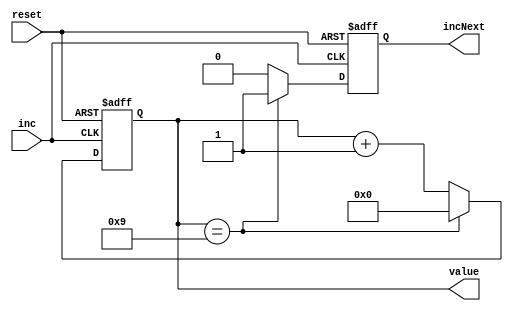
`timescale 1ns / 1ps

module baseTenIncrementer(inc, reset, incNext, value);
    input inc, reset;
    output reg incNext;
    output reg [3:0] value = 0;
    
    always @(posedge inc, posedge reset) begin
        incNext = 0;
        if (reset)
            value = 0;
        else begin
            if (value == 9) begin
                value = 0;
                incNext = 1;
            end
            else begin
                value = value + 1;
            end
        end
    end
endmodule

module baseSixIncrementer(inc, reset, incNext, value);
    input inc, reset;
    output reg incNext;
    output reg [3:0] value = 0;
    
    always @(posedge inc, posedge reset) begin
        incNext = 0;
        if (reset)
            value = 0;
        else begin
            if (value == 5) begin
                value = 0;
                incNext = 1;
            end
            else begin
                value = value + 1;
            end
        end
    end
endmodule

module baseThreeIncrementer(inc, reset, incNext, value);
    input inc, reset;
    output reg incNext;
    output reg [3:0] value = 0;
    
    always @(posedge inc, posedge reset) begin
        incNext = 0;
        if (reset)
            value = 0;
        else begin
            if (value == 2) begin
                value = 0;
                incNext = 1;
            end
            else begin
                value = value + 1;
            end
        end
    end
endmodule

module baseFourIncrementer(inc, reset, incNext, hourMSBvalue, value);
    input inc, reset;
    input [3:0] hourMSBvalue;
    output reg incNext;
    output reg [3:0] value = 0;
    
    always @(posedge inc, posedge reset) begin
        incNext = 0;
        if (reset)
            value = 0;
        else begin
            if ((value == 3 && hourMSBvalue == 2) || value == 9) begin
                value = 0;
                incNext = 1;
            end
            else begin
                value = value + 1;
            end
        end
    end
endmodule